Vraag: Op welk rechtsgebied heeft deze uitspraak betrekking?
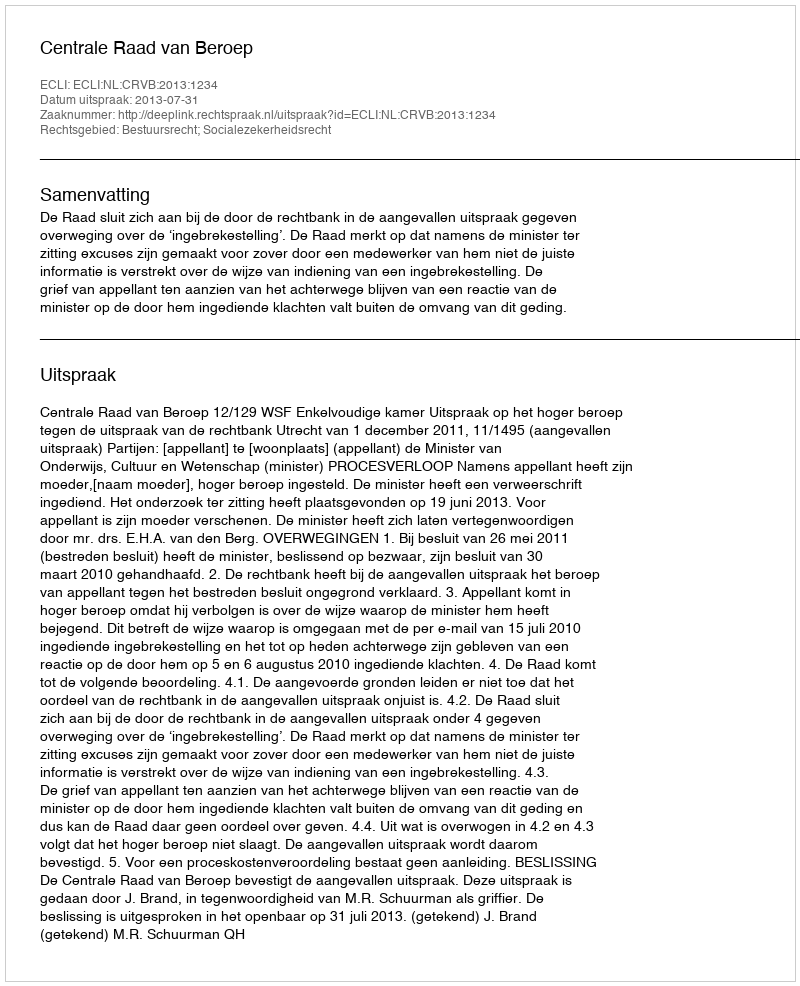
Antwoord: Bestuursrecht; Socialezekerheidsrecht